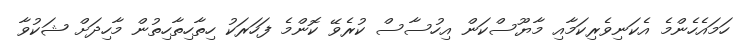
ހަމައެހެންމެ އެކަނިވެރިކަމާއި މާޔޫސްކަން އިހުސާސް ކުރެވޭ ކޮންމެ ފަހަރަކު ހިތާހިތާހިތުން މާހިދަށް ޝަކުވާ